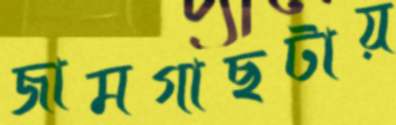
জামগাছটায়